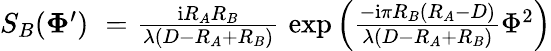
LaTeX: \begin{array}{rlr}{S_{B}(\boldsymbol\Phi^{\prime})}&{{}\! \! \! \! =}&{\! \! \! \! {\frac{\mathrm{i}R_{A}R_{B}}{\lambda(D-R_{A}+R_{B})}}\, \exp\left({\frac{-\mathrm{i}\pi R_{B}(R_{A}-D)}{\lambda(D-R_{A}+R_{B})}}\Phi^{2}\right)}\end{array}